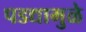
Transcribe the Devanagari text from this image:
पडद्यामुळे